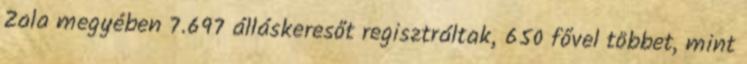
Zala megyében 7.697 álláskeresőt regisztráltak, 650 fővel többet, mint